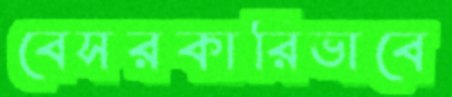
বেসরকারিভাবে